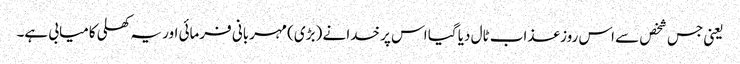
یعنی جس شخص سے اس روز عذاب ٹال دیا گیا اس پر خدا نے (بڑی) مہربانی فرمائی اور یہ کھلی کامیابی ہے۔